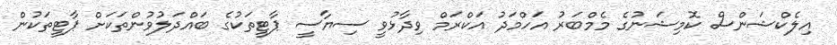
އިލެކްޝަންސް ކޮމިޝަނުގެ މެމްބަރު އަހްމަދު އަކްރަމް ވިދާޅުވީ ސިޔާސީ ޕާޓީތަކުގެ ބައްދަލުވުންތަކަށް ޕާޓީތަކުން